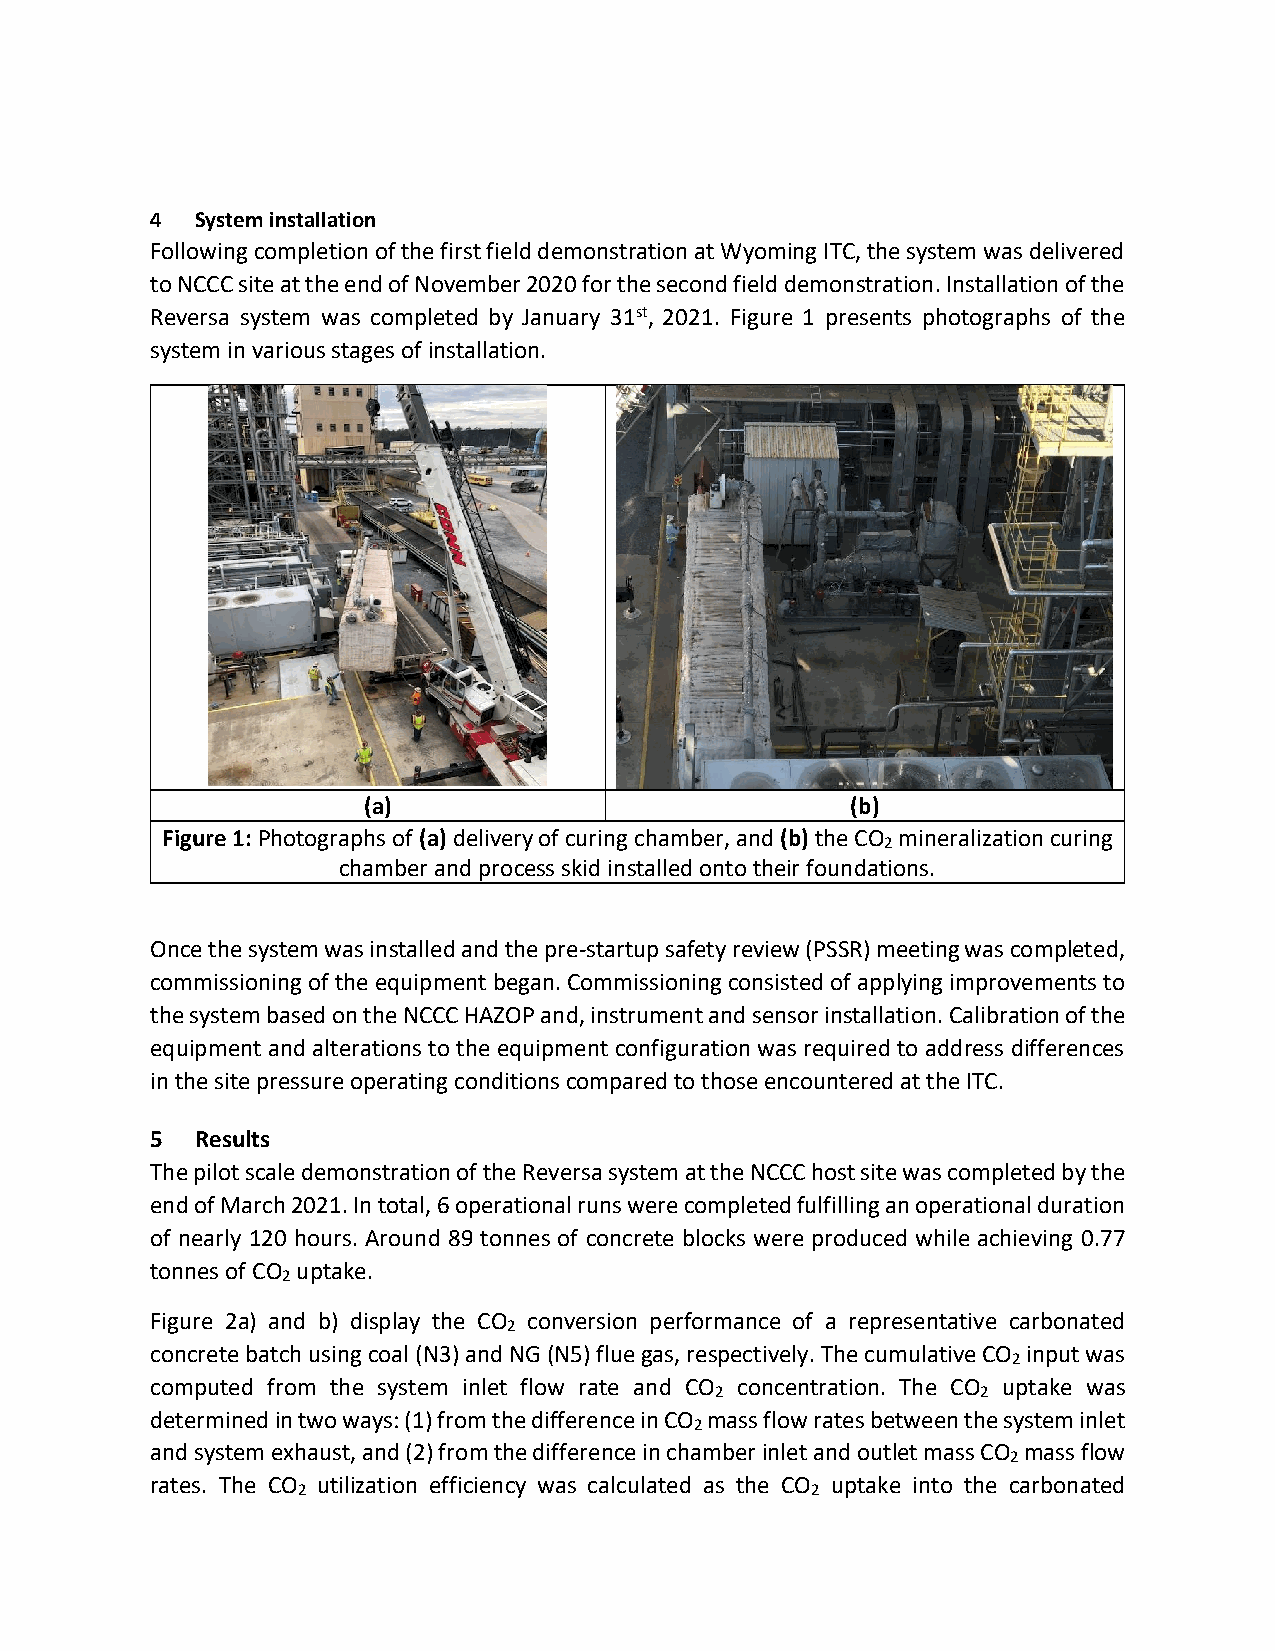
4  System installation
 Following completion of the first field demonstration at Wyoming ITC, the system was delivered
 to NCCC site at the end of November 2020 for the second field demonstration. Installation of the
 Reversa system was completed by January 31st, 2021. Figure 1 presents photographs of the
 system in various stages of installation.
 (a)                             (b)
 Figure 1: Photographs of (a) delivery of curing chamber, and (b) the CO mineralization curing
 2
 chamber and process skid installed onto their foundations.
 Once the system was installed and the pre-startup safety review (PSSR) meeting was completed,
 commissioning of the equipment began. Commissioning consisted of applying improvements to
 the system based on the NCCC HAZOP and, instrument and sensor installation. Calibration of the
 equipment and alterations to the equipment configuration was required to address differences
 in the site pressure operating conditions compared to those encountered at the ITC.
 5  Results
 The pilot scale demonstration of the Reversa system at the NCCC host site was completed by the
 end of March 2021. In total, 6 operational runs were completed fulfilling an operational duration
 of nearly 120 hours. Around 89 tonnes of concrete blocks were produced while achieving 0.77
 tonnes of CO uptake.
 2
 Figure 2a) and b) display the CO conversion performance of a representative carbonated
 2
 concrete batch using coal (N3) and NG (N5) flue gas, respectively. The cumulative CO input was
 2
 computed from the system inlet flow rate and CO concentration. The CO uptake was
 2                 2
 determined in two ways: (1) from the difference in CO mass flow rates between the system inlet
 2
 and system exhaust, and (2) from the difference in chamber inlet and outlet mass CO mass flow
 2
 rates. The CO utilization efficiency was calculated as the CO uptake into the carbonated
 2                                 2